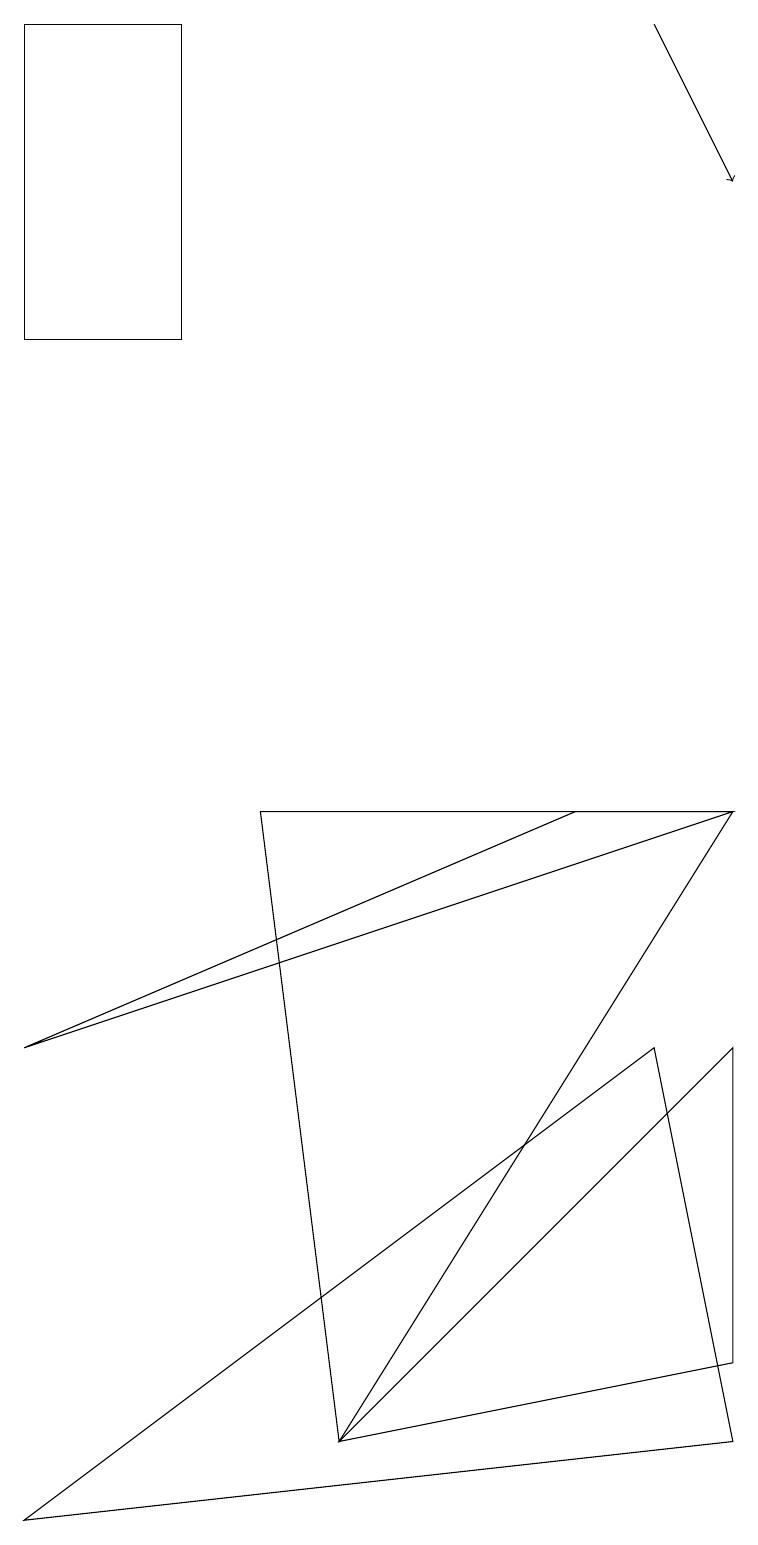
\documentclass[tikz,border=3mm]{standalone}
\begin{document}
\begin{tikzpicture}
\draw (9,6) -- (4,1) -- (9,2) -- cycle;
\draw (9,9) -- (0,6) -- (7,9) -- cycle;
\draw (8,6) -- (0,0) -- (9,1) -- cycle;
\draw[->] (8,19) -- (9,17);
\draw (0,19) rectangle (2,15);
\draw (9,9) -- (4,1) -- (3,9) -- cycle;
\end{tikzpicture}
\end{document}